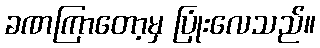
ခဏကြာတော့မှ ပြုံးလေသည်။